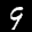
Label: 9